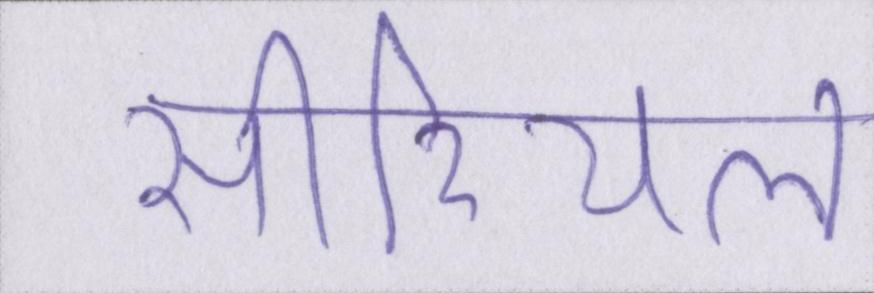
सीरियल